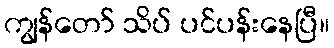
ကျွန်တော် သိပ် ပင်ပန်းနေပြီ။